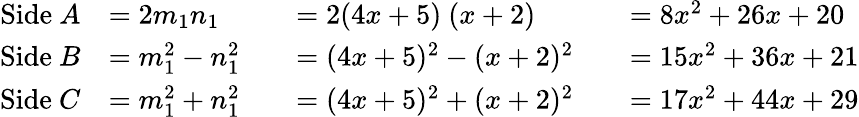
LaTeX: {\begin{array}{rlrlrl}{{\mathrm{Side~}}A}&{=2m_{1}n_{1}}&&{=2(4x+5){\mathrm{~}}(x+2)}&&{=8x^{2}+26x+20}\\ {{\mathrm{Side~}}B}&{=m_{1}^{2}-n_{1}^{2}}&&{=(4x+5)^{2}-(x+2)^{2}}&&{=15x^{2}+36x+21}\\ {{\mathrm{Side~}}C}&{=m_{1}^{2}+n_{1}^{2}}&&{=(4x+5)^{2}+(x+2)^{2}}&&{=17x^{2}+44x+29}\end{array}}